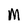
Character: M